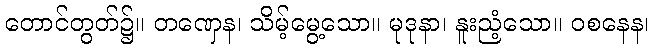
တောင်တွတ်၌။ တဏှေန၊ သိမ့်မွေ့သော။ မုဒုနာ၊ နူးညံ့သော။ ဝစနေန၊